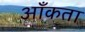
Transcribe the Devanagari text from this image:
आँकता